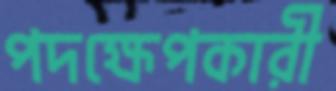
পদক্ষেপকারী